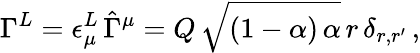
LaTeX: \Gamma^{L}=\epsilon_{\mu}^{L}\, \hat{\Gamma}^{\mu}=Q\, \sqrt{(1-\alpha)\, \alpha}\, r\, \delta_{r,r^{\prime}}\, ,